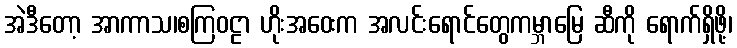
အဲဒီတော့ အာကာသ၊စကြဝဠာ ဟိုးအဝေးက အလင်းရောင်တွေကမ္ဘာမြေ ဆီကို ရောက်ရှိဖို့၊